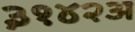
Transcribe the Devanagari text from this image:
३१४२अ